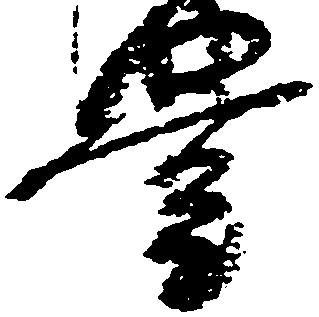
豊